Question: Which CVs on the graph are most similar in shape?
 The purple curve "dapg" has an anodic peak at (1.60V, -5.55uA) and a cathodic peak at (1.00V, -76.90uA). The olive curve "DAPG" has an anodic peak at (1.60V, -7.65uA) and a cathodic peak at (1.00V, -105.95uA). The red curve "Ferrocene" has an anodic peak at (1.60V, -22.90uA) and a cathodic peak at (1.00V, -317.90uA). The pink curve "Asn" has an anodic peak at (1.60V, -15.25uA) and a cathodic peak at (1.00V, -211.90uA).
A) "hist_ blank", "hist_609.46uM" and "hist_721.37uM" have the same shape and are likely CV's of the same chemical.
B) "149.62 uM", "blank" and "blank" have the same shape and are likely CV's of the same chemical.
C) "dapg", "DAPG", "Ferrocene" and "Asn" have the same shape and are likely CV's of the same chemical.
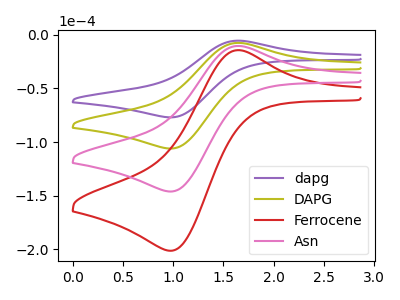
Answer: <think>All the peaks in "dapg" have a peak in "DAPG" at the same potential. All the peaks in "dapg" have a peak in "Ferrocene" at the same potential. All the peaks in "dapg" have a peak in "Asn" at the same potential. All the peaks in "DAPG" have a peak in "Ferrocene" at the same potential. All the peaks in "DAPG" have a peak in "Asn" at the same potential. All the peaks in "Ferrocene" have a peak in "Asn" at the same potential.
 </think>
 <answer>C) "dapg", "DAPG", "Ferrocene" and "Asn" have the same shape and are likely CV's of the same chemical.</answer>
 <eval>C</eval>